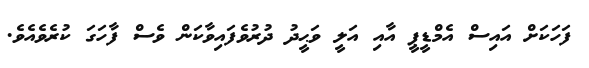
ފަހަކަށް އައިސް އެމްޑީޕީ އާއި އަލީ ވަޙީދު ދުރުވެފައިވާކަން ވެސް ފާހަގަ ކުރެވެއެވެ.